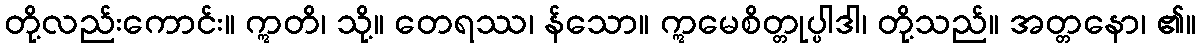
တို့လည်းကောင်း။ ဣတိ၊ သို့။ တေရဿ၊ န်သော။ ဣမေစိတ္တုပ္ပါဒါ၊ တို့သည်။ အတ္တနော၊ ၏။